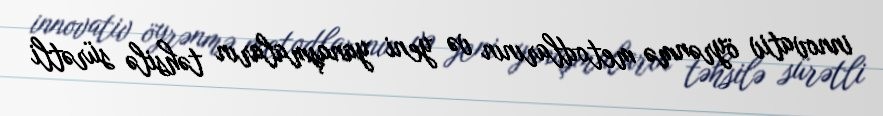
innovativ öyrənmə metodlarının və yeni yanaşmaların təhsilə sürətli